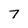
Character: 7